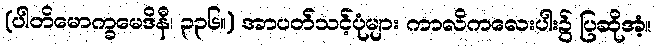
(ပါတိမောက္ခမေဒိနီ၊ ၃၃၆။) အာပတ်သင့်ပုံများ ကာလိကလေးပါး၌ ပြဆိုအံ့။